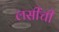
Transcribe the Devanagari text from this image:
लसींची